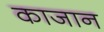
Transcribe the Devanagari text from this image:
काजान